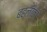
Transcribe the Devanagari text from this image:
बहलीका